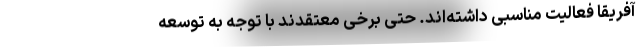
آفریقا فعالیت مناسبی داشته‌اند. حتی برخی معتقدند با توجه به توسعه